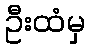
ဦးထံမှ